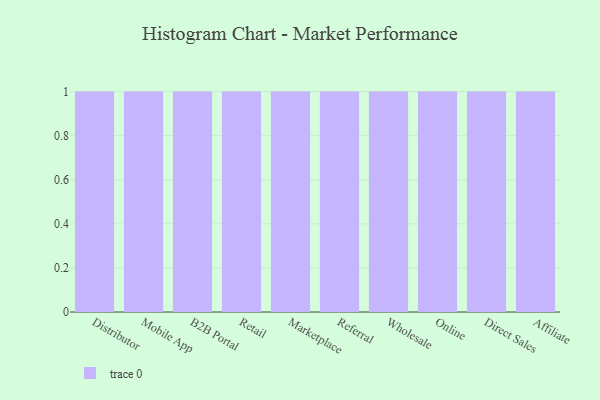
{"axis": {"x": "Channel", "y": "Gross Profit (USD K)"}, "legend": [""], "data": [{"x": "Distributor", "y": 18, "type": ""}, {"x": "Mobile App", "y": 32, "type": ""}, {"x": "B2B Portal", "y": 13, "type": ""}, {"x": "Retail", "y": 76, "type": ""}, {"x": "Marketplace", "y": 39, "type": ""}, {"x": "Referral", "y": 31, "type": ""}, {"x": "Wholesale", "y": 12, "type": ""}, {"x": "Online", "y": 19, "type": ""}, {"x": "Direct Sales", "y": 15, "type": ""}, {"x": "Affiliate", "y": 6, "type": ""}]}